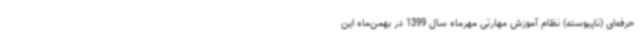
حرفه‌ای (ناپیوسته) نظام آموزش مهارتی مهرماه سال 1399 در بهمن‌ماه این